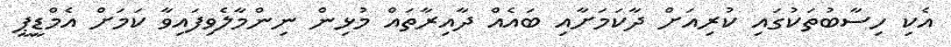
އެކި ހިސާބުތަކުގައި ކުރިއަށް ދާކަމަށާއި ބައެއް ދާއިރާތައް މުޅިން ނިންމާލެވިފައިވާ ކަމަށް އެމްޑީޕީ